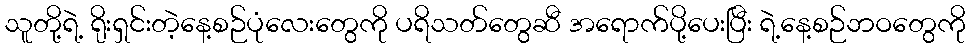
သူတို့ရဲ့ ရိုးရှင်းတဲ့နေ့စဉ်ပုံလေးတွေကို ပရိသတ်တွေဆီ အရောက်ပို့ပေးပြီး ရဲ့နေ့စဉ်ဘဝတွေကို